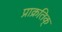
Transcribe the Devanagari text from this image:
प्राक्रतिक्